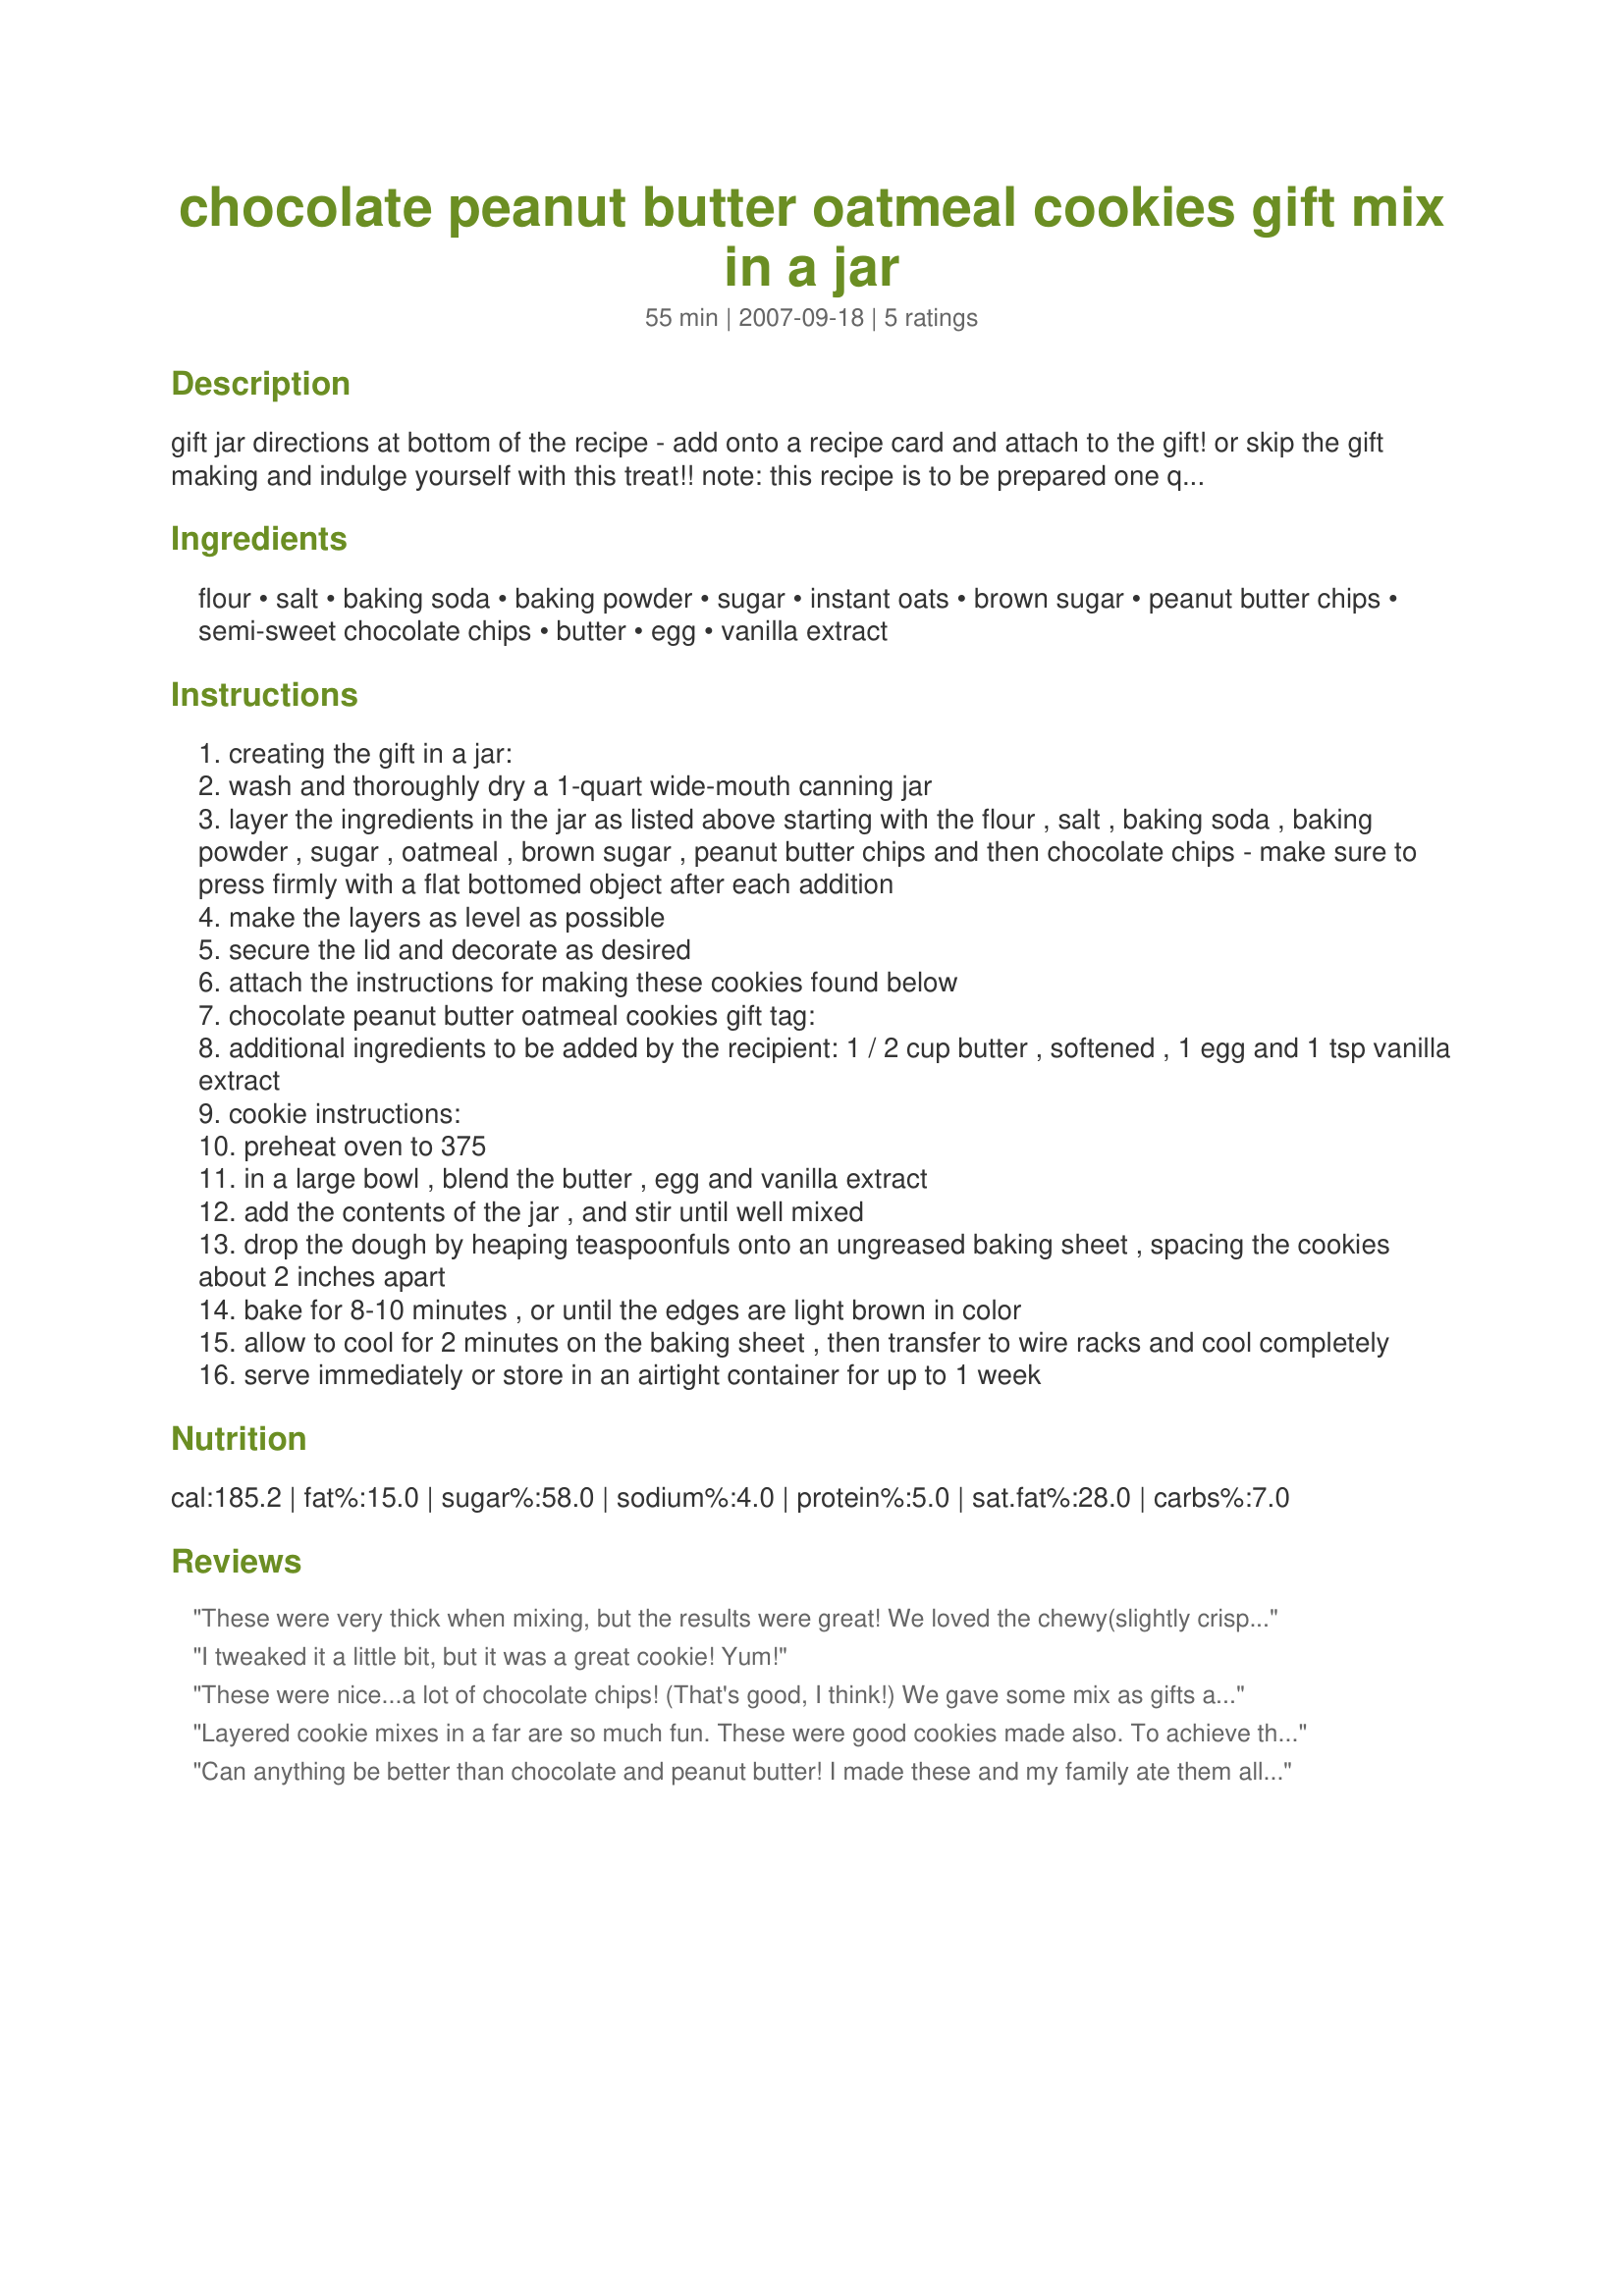
chocolate peanut butter oatmeal cookies gift mix in a jar
Preparation time: 55 minutes

gift jar directions at bottom of the recipe - add onto a recipe card and attach to the gift! or skip the gift making and indulge yourself with this treat!! note: this recipe is to be prepared one quart size wide mouth canning jar and will yield 3 dozen cookies.

Ingredients:
flour, salt, baking soda, baking powder, sugar, instant oats, brown sugar, peanut butter chips, semi-sweet chocolate chips, butter, egg, vanilla extract

Steps:
creating the gift in a jar:
wash and thoroughly dry a 1-quart wide-mouth canning jar
layer the ingredients in the jar as listed above starting with the flour , salt , baking soda , baking powder , sugar , oatmeal , brown sugar , peanut butter chips and then chocolate chips - make sure to press firmly with a flat bottomed object after each addition
make the layers as level as possible
secure the lid and decorate as desired
attach the instructions for making these cookies found below
chocolate peanut butter oatmeal cookies gift tag:
additional ingredients to be added by the recipient: 1 / 2 cup butter , softened , 1 egg and 1 tsp vanilla extract
cookie instructions:
preheat oven to 375
in a large bowl , blend the butter , egg and vanilla extract
add the contents of the jar , and stir until well mixed
drop the dough by heaping teaspoonfuls onto an ungreased baking sheet , spacing the cookies about 2 inches apart
bake for 8-10 minutes , or until the edges are light brown in color
allow to cool for 2 minutes on the baking sheet , then transfer to wire racks and cool completely
serve immediately or store in an airtight container for up to 1 week

Reviews:
These were very thick when mixing, but the results were great! We loved the chewy(slightly crisp on edges), biscuit-like texture of these(very different), almost like gourmet cookies. It's hard to eat just one, Yum!
I tweaked it a little bit, but it was a great cookie! Yum!
These were nice...a lot of chocolate chips! (That's good, I think!) We gave some mix as gifts and made some for us, too. The gifts were pretty, but next time I would rearrange and break up the layers to make it more visually appealing (though it wasn't bad as it is written.)
Layered cookie mixes in a far are so much fun. These were good cookies made also. To achieve the best results we had to turn down the heat to 350 and shorten the baking time. Made for Aus swap.
Can anything be better than chocolate and peanut butter! I made these and my family ate them all that day. I plan on giving this to everyone this holiday season.
